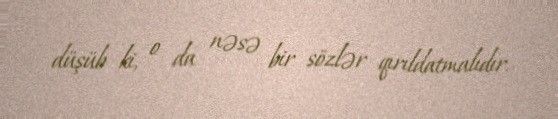
düşüb ki, o da nəsə bir sözlər qırıldatmalıdır.